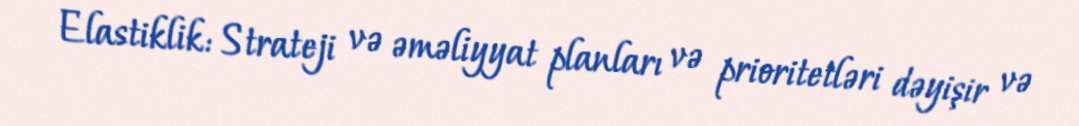
Elastiklik: Strateji və əməliyyat planları və prioritetləri dəyişir və